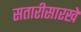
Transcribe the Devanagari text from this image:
सतारीसारखे